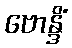
ဗောန္ဒိံ